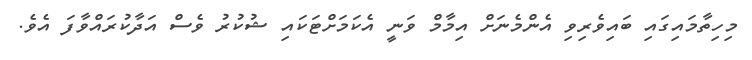
މިހިތާމައިގައި ބައިވެރިވި އެންމެނަށް އިމާމް ވަނީ އެކަމަށްޓަކައި ޝުކުރު ވެސް އަދާކުރައްވާފަ އެވެ.